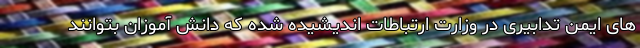
های ایمن تدابیری در وزارت ارتباطات اندیشیده شده که دانش آموزان بتوانند